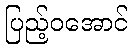
ပြည့်ဝအောင်